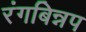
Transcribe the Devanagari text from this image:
रंगबिन्नप